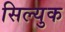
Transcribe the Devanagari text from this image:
सिल्युक